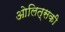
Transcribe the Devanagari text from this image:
ओलित्सकी